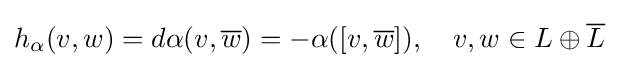
h_{\alpha }(v,w)=d\alpha (v,{\overline {w}})=-\alpha ([v,{\overline {w}}]),\quad v,w\in L\oplus {\overline {L}}